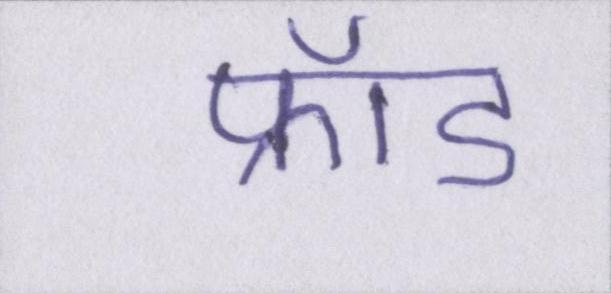
फ्रॉड